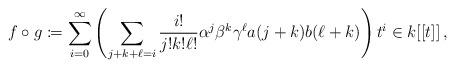
LaTeX: \begin{align*}f \circ_{} g \coloneqq \sum_{i=0}^{\infty} \left( \sum_{j+k+\ell=i} \frac{i!}{j!k!\ell!} \alpha^{j}\beta^k \gamma^\ell a(j+k) b(\ell+k)\right)t^{i}\in k[[t]] \,,\end{align*}